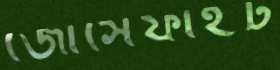
জোসেফাইট